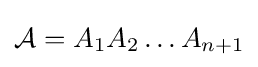
{\mathcal {A}}=A_{1}A_{2}\ldots A_{n+1}